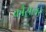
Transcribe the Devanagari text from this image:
कौंसलर